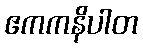
ဧကကနိပါတ